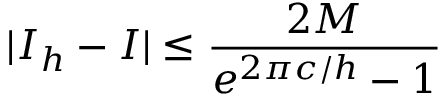
| I _ { h } - I | \leq \frac { 2 M } { e ^ { 2 \pi c / h } - 1 }